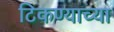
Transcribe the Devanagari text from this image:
टिकण्याच्या